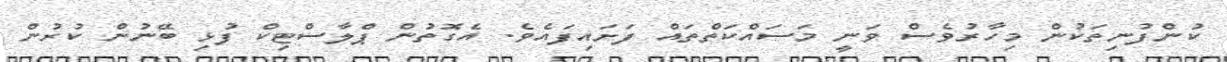
ކުންފުނިތަކުން މިހާރުވެސް ވަނީ މަސައްކަތްތައް ފަށައިފައެވެ. އެގޮތުން ޕްލާސްޓިކް ފުޅި ބޭނުން ކުރުން